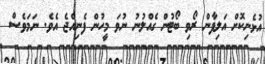
އުޅެނިކޮށް އަލިފާން ރޯވި ބޯޓުން ގެއްލުނު ނުވަ މީހުން ފެނިއްޖެ އެވެ. ނަމަވެސް